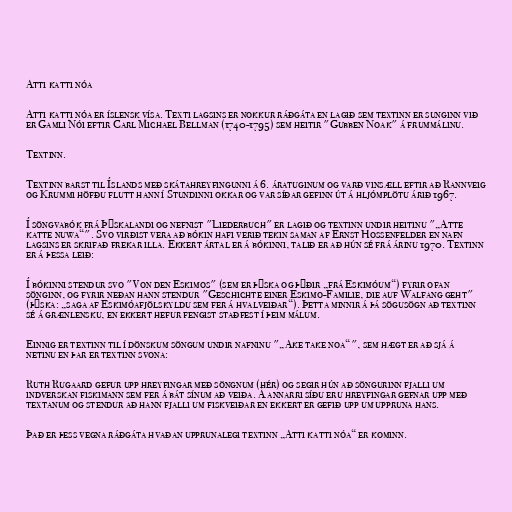
Atti katti nóa

Atti katti nóa er íslensk vísa. Texti lagsins er nokkur ráðgáta en lagið sem textinn er sunginn við
er Gamli Nói eftir Carl Michael Bellman (1740-1795) sem heitir "Gubben Noak" á frummálinu.

Textinn.

Textinn barst til Íslands með skátahreyfingunni á 6. áratuginum og varð vinsæll eftir að Rannveig
og Krummi höfðu flutt hann í Stundinni okkar og var síðar gefinn út á hljómplötu árið 1967.

Í söngvabók frá Þýskalandi og nefnist "Liederbuch" er lagið og textinn undir heitinu "„Atte
katte nuwa“". Svo virðist vera að bókin hafi verið tekin saman af Ernst Hossenfelder en nafn
lagsins er skrifað frekar illa. Ekkert ártal er á bókinni, talið er að hún sé frá árinu 1970. Textinn
er á þessa leið:

Í bókinni stendur svo "Von den Eskimos" (sem er þýska og þýðir „frá Eskimóum“) fyrir ofan
sönginn, og fyrir neðan hann stendur "Geschichte einer Eskimo-Familie, die auf Walfang geht"
(þýska: „saga af Eskimóafjölskyldu sem fer á hvalveiðar“). Þetta minnir á þá sögusögn að textinn
sé á grænlensku, en ekkert hefur fengist staðfest í þeim málum.

Einnig er textinn til í dönskum söngum undir nafninu "„Ake take noa“", sem hægt er að sjá á
netinu en þar er textinn svona:

Ruth Rugaard gefur upp hreyfingar með söngnum (hér) og segir hún að söngurinn fjalli um
indverskan fiskimann sem fer á bát sínum að veiða. Á annarri síðu eru hreyfingar gefnar upp með
textanum og stendur að hann fjalli um fiskveiðar en ekkert er gefið upp um uppruna hans.

Það er þess vegna ráðgáta hvaðan upprunalegi textinn „Atti katti nóa“ er kominn.